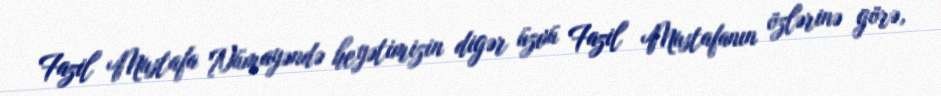
Fazil Mustafa Nümayəndə heyətimizin digər üzvü Fazil Mustafanın özlərinə görə,